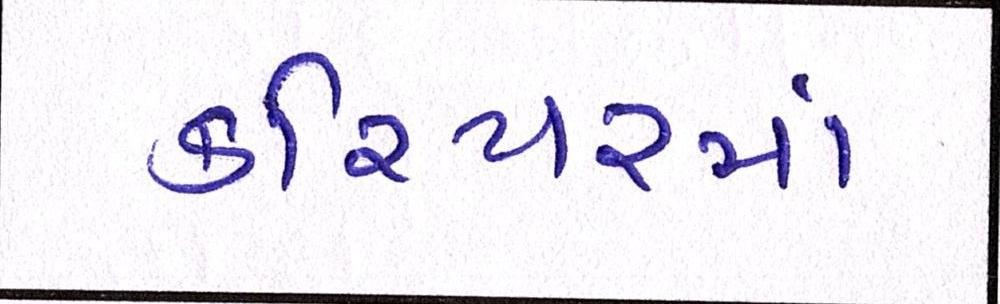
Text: કરિયરમાં